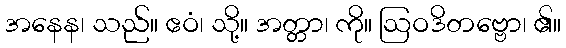
အနေန၊ သည်။ ဧဝံ၊ သို့။ အတ္တာ၊ ကို။ ဩဝဒိတဗ္ဗော၊ ၏။